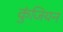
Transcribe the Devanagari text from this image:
कुंजियन